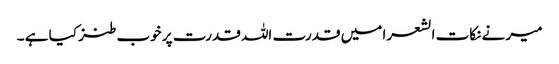
میر نے نکات الشعرا میں قدرت اللہ قدرت پر خوب طنز کیا ہے ۔